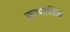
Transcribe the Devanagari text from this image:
कापातिक